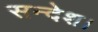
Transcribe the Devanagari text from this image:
सन्देश।